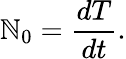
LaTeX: \mathbb{N}_{0}=\frac{{dT}}{{dt}}.